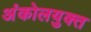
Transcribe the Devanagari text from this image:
अंकोलयुक्त